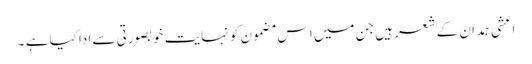
اعشی ہمدان کے شعر ہیں جن میں اس مضمون کو نہایت خوبصورتی سے ادا کیا ہے ۔